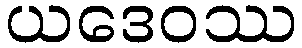
ယဒေဝဿ